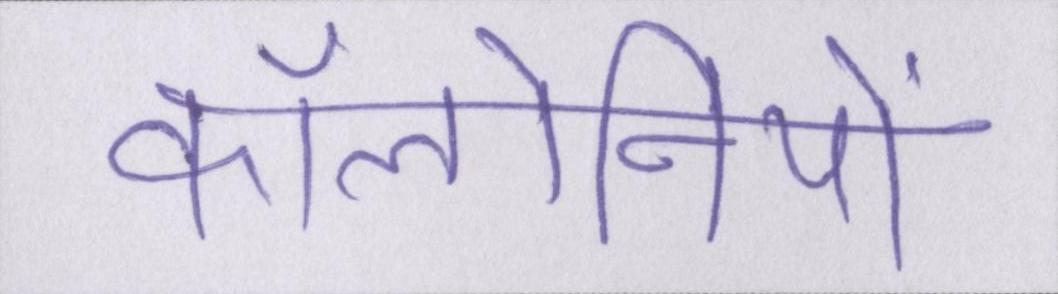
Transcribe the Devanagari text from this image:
कॉलोनियों